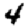
Digit: 4